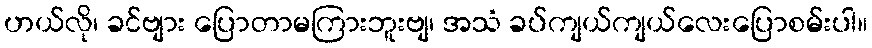
ဟယ်လို၊ ခင်ဗျား ပြောတာမကြားဘူးဗျ၊ အသံ ခပ်ကျယ်ကျယ်လေးပြောစမ်းပါ။